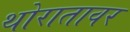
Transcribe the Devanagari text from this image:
थोरातावर